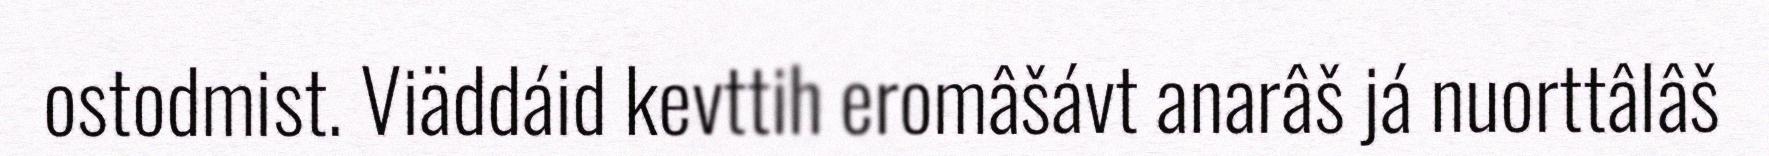
ostodmist. Viäddáid kevttih eromâšávt anarâš já nuorttâlâš